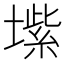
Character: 𱗺